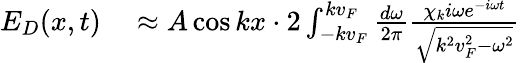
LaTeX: \begin{array}{rl}{E_{D}(x,t)}&{{}\approx A\cos kx\cdot 2\int_{-kv_{F}}^{kv_{F}}\frac{d\omega}{2\pi}\frac{\chi_{k}i\omega e^{-i\omega t}}{\sqrt{k^{2}v_{F}^{2}-\omega^{2}}}}\end{array}